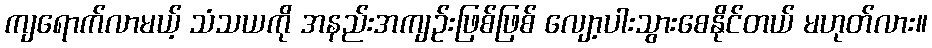
ကျရောက်လာမယ့် သံသယကို အနည်းအကျဉ်းဖြစ်ဖြစ် လျော့ပါးသွားစေနိုင်တယ် မဟုတ်လား။